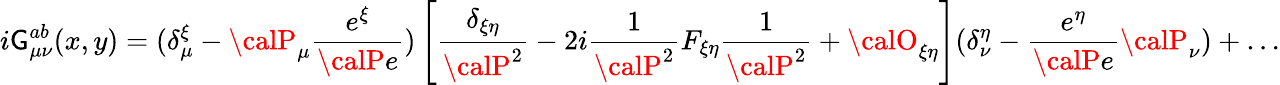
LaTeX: i\mathsf{G}_{\mu\nu}^{ab}(x,y)=(\delta_{\mu}^{\xi}-{\calP}_{\mu}\frac{{e^{\xi}}}{{{\calP}e}})\left[\frac{{\delta_{\xi\eta}}}{{{\calP}^{2}}}-2i\frac{{1}}{{{\calP}^{2}}}F_{\xi\eta}\frac{{1}}{{{\calP}^{2}}}+{\calO}_{\xi\eta}\right](\delta_{\nu}^{\eta}-\frac{{e^{\eta}}}{{{\calP}e}}{\calP}_{\nu})+\ldots